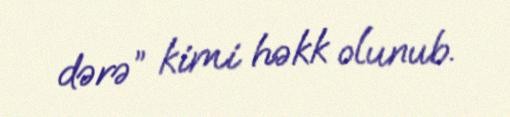
dərə” kimi həkk olunub.